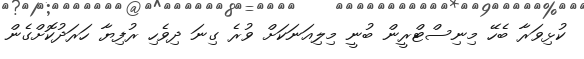
ކުޅިވަރާ ބެހޭ މިނިސްޓްރީން ބުނީ މިލިއަނަކަށް ވުރެ ގިނަ ދިވެހި ރުފިޔާ ހަރަދުކޮށްގެން